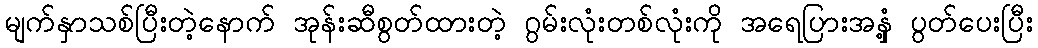
မျက်နှာသစ်ပြီးတဲ့နောက် အုန်းဆီစွတ်ထားတဲ့ ဂွမ်းလုံးတစ်လုံးကို အရေပြားအနှံ့ ပွတ်ပေးပြီး